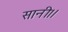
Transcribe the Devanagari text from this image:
सानी।।